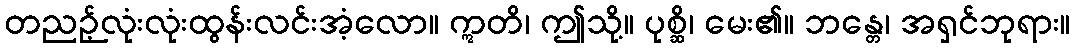
တညဉ့်လုံးလုံးထွန်းလင်းအံ့လော။ ဣတိ၊ ဤသို့။ ပုစ္ဆိ၊ မေး၏။ ဘန္တေ၊ အရှင်ဘုရား။